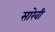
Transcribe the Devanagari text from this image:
सारेवी